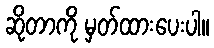
ဆိုတာကို မှတ်ထားပေးပါ။